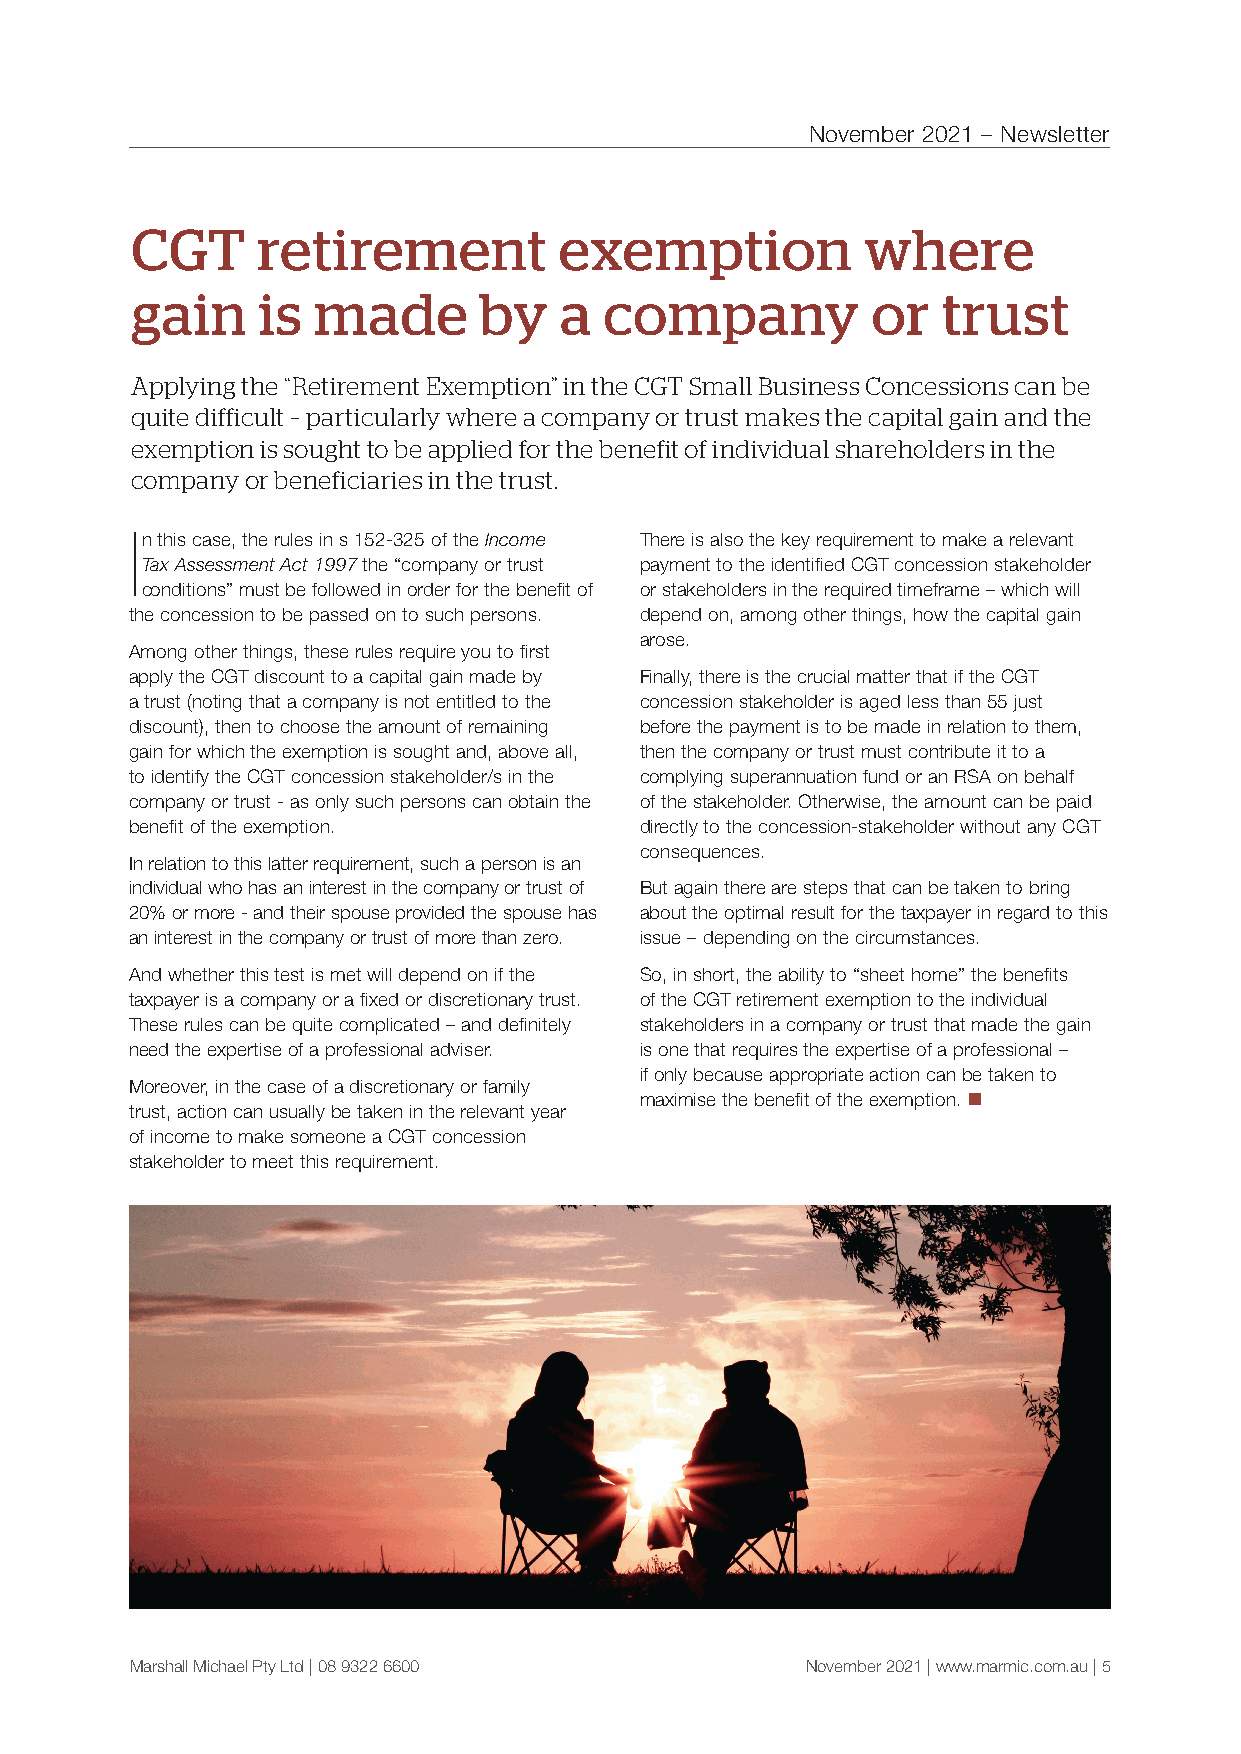
November 2021 – Newsletter
 CGT     retirement          exemption           where
 gain    is  made       by   a  company           or  trust
 Applying the “Retirement Exemption” in the CGT Small Business Concessions can be
 quite difficult – particularly where a company or trust makes the capital gain and the
 exemption is sought to be applied for the benefit of individual shareholders in the
 company or beneficiaries in the trust.
 In this case, the rules in s 152-325 of the Income There is also the key requirement to make a relevant
 Tax Assessment Act 1997 the “company or trust payment to the identified CGT concession stakeholder
 conditions” must be followed in order for the benefit of or stakeholders in the required timeframe – which will
 the concession to be passed on to such persons. depend on, among other things, how the capital gain
 arose.
 Among other things, these rules require you to first
 apply the CGT discount to a capital gain made by Finally, there is the crucial matter that if the CGT
 a trust (noting that a company is not entitled to the concession stakeholder is aged less than 55 just
 discount), then to choose the amount of remaining before the payment is to be made in relation to them,
 gain for which the exemption is sought and, above all, then the company or trust must contribute it to a
 to identify the CGT concession stakeholder/s in the complying superannuation fund or an RSA on behalf
 company or trust - as only such persons can obtain the of the stakeholder. Otherwise, the amount can be paid
 benefit of the exemption.        directly to the concession-stakeholder without any CGT
 consequences.
 In relation to this latter requirement, such a person is an
 individual who has an interest in the company or trust of But again there are steps that can be taken to bring
 20% or more - and their spouse provided the spouse has about the optimal result for the taxpayer in regard to this
 an interest in the company or trust of more than zero. issue – depending on the circumstances.
 And whether this test is met will depend on if the So, in short, the ability to “sheet home” the benefits
 taxpayer is a company or a fixed or discretionary trust. of the CGT retirement exemption to the individual
 These rules can be quite complicated – and definitely stakeholders in a company or trust that made the gain
 need the expertise of a professional adviser. is one that requires the expertise of a professional –
 if only because appropriate action can be taken to
 Moreover, in the case of a discretionary or family
 maximise the benefit of the exemption. n
 trust, action can usually be taken in the relevant year
 of income to make someone a CGT concession
 stakeholder to meet this requirement.
 Marshall Michael Pty Ltd | 08 9322 6600     November 2021 | www.marmic.com.au | 5